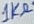
Text: 1KΩ